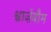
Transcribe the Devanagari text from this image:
श्वार्ज़बौम